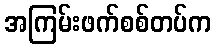
အကြမ်းဖက်စစ်တပ်က